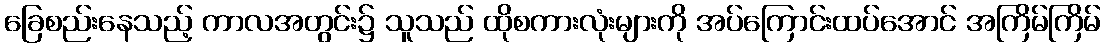
ခြေစည်းနေသည့် ကာလအတွင်း၌ သူသည် ထိုစကားလုံးများကို အပ်ကြောင်းထပ်အောင် အကြိမ်ကြိမ်